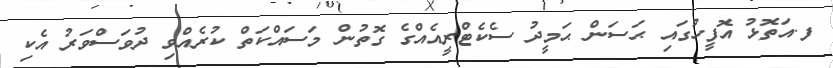
ފ.އަތޮޅު އޮފީހުގައި ޙަސަން ޙަމީދު ސެކެޓްރީއެއްގެ ގޮތުން މަސައްކަތް ކުރެއްވި ދުވަސްވަރު އެކި